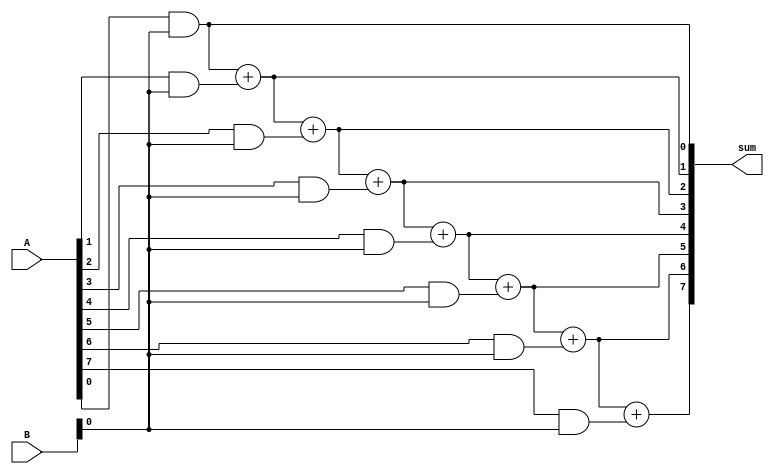
module carry_save_adder (
    input [7:0] A,
    input [7:0] B,
    output [15:0] sum
);

// Partial product generator
wire [7:0] partial_product[7:0];
genvar i, j;
generate
    for (i = 0; i < 8; i = i + 1) begin
        for (j = 0; j < 8; j = j + 1) begin
            assign partial_product[i + j] = A[i] & B[j];
        end
    end
endgenerate

// Carry save accumulator
wire [15:0] temp_sum;
assign temp_sum[0] = partial_product[0];
genvar k;
generate
    for (k = 1; k < 8; k = k + 1) begin
        assign temp_sum[k] = temp_sum[k-1] + partial_product[k];
    end
endgenerate
assign sum = temp_sum;

endmodule